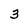
Character: 3